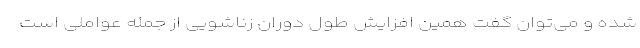
شده و می‌توان گفت همین افزایش طول دوران زناشویی از جمله عواملی است